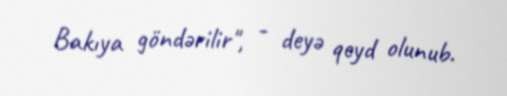
Bakıya göndərilir", - deyə qeyd olunub.